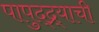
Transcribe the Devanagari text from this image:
पापुद्द्र्याची